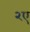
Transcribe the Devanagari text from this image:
२ए